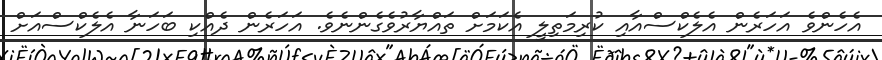
އެހެންވެ އަހަރެން އެލެކްސްއާއި ކުރިމަތިލީ އެކަމަށް ތައްޔާރުވެގެންނެވެ. އަހަރެން ދެއްކި ބަހަނާ އެލެކްސްއަށް